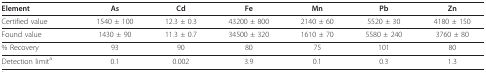
<table><thead><tr><td><b>Element</b></td><td><b>As</b></td><td><b>Cd</b></td><td><b>Fe</b></td><td><b>Mn</b></td><td><b>Pb</b></td><td><b>Zn</b></td></tr></thead><tbody><tr><td>Certified value</td><td>1540 ± 100</td><td>12.3 ± 0.3</td><td>43200 ± 800</td><td>2140 ± 60</td><td>5520 ± 30</td><td>4180 ± 150</td></tr><tr><td>Found value</td><td>1430 ± 90</td><td>11.3 ± 0.7</td><td>34500 ± 320</td><td>1610 ± 70</td><td>5580 ± 240</td><td>3760 ± 80</td></tr><tr><td>% Recovery</td><td>93</td><td>90</td><td>80</td><td>75</td><td>101</td><td>80</td></tr><tr><td>Detection limit<sup>a</sup></td><td>0.1</td><td>0.002</td><td>3.9</td><td>0.1</td><td>0.3</td><td>1.3</td></tr></tbody></table>